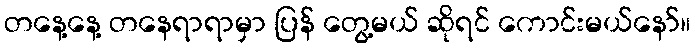
တနေ့နေ့ တနေရာရာမှာ ပြန် တွေ့မယ် ဆိုရင် ကောင်းမယ်နော်။